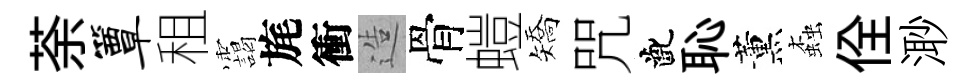
荼簟租靄旄衝造骨螘矯咒齔恥薰螙佺𣺌